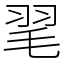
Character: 毣